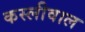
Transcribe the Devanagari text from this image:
कस्लीवाल